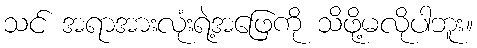
သင် အရာအားလုံးရဲ့အဖြေကို သိဖို့မလိုပါဘူး။